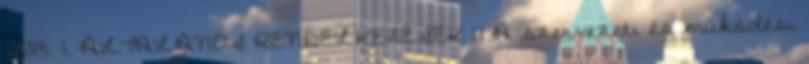
2013. 1. ÁLTALÁNOS RENDELKEZÉSEK 1.1 A szervezeti és működési